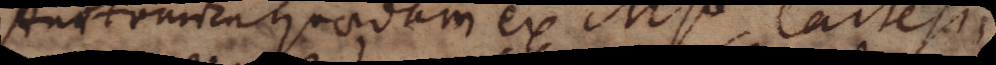
Anatomica quaedam ex Mso Cartesii